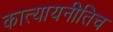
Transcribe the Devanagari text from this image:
कात्यायनीतिच